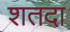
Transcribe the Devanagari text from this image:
शतदा